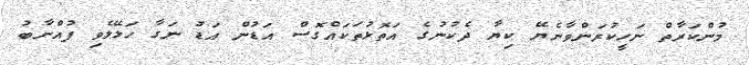
މުންކަރާތް ނަހީކުރަންވާނެޔޭ ކިޔާ ދެކުނުގެ އަތޮޅުތަކައްގޮސް އަޑުން އަޑު ނަގާ ހަޅޭލެވި ފުއްނާބު